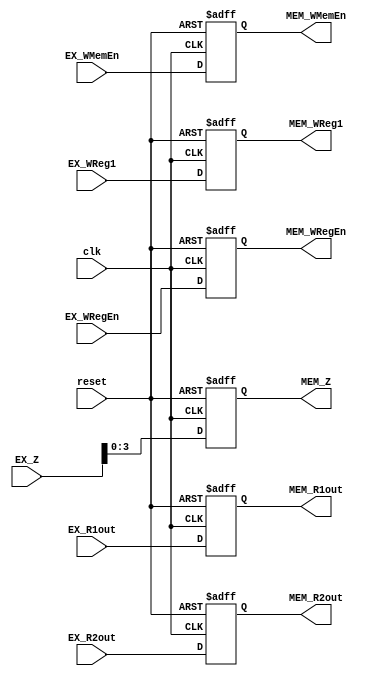
`timescale 1ns / 1ps
//////////////////////////////////////////////////////////////////////////////////
// Company: 
// Engineer: 
// 
// Design Name: 
// Module Name:    EX_MEMreg 
// Project Name: 
// Target Devices: 
// Tool versions: 
// Description: 
//
// Dependencies: 
//
// Revision: 
// Revision 0.01 - File Created
// Additional Comments: 
//
//////////////////////////////////////////////////////////////////////////////////
module EX_MEMreg(
	 input EX_WRegEn,
    input EX_WMemEn,
    input [63:0] EX_R1out,
    input [63:0] EX_R2out,
    input [4:0] EX_WReg1,
	 input [63:0] EX_Z,
	 
    output MEM_WMemEn,
    output MEM_WRegEn,
    output [63:0] MEM_R1out,
    output [63:0] MEM_R2out,
    output [4:0] MEM_WReg1,
	 output [3:0] MEM_Z,
	 
    input clk,
	 input reset
    );
	reg WRegEn;
	reg WMemEn;
	reg [63:0]R1out;
	reg [63:0]R2out;
	reg [4:0]WReg1;
	reg [63:0]Z;
	
	assign MEM_WRegEn = WRegEn;
	assign MEM_WMemEn = WMemEn;
	assign MEM_R1out = R1out;
	assign MEM_R2out = R2out;
	assign MEM_WReg1 = WReg1;
	assign MEM_Z = Z;
	
	always @(posedge clk,negedge reset)
	begin
		if(!reset)
		begin
			WRegEn <= 0;
			WMemEn <= 0;
			R1out <= 0;
			R2out <= 0;
			WReg1 <= 0;
			Z <= 0;
		end
		else
		begin
			WRegEn <= EX_WRegEn;
			WMemEn <= EX_WMemEn;
			R1out <= EX_R1out;
			R2out <= EX_R2out;
			WReg1 <= EX_WReg1;
			Z <= EX_Z;
		end
	end

endmodule